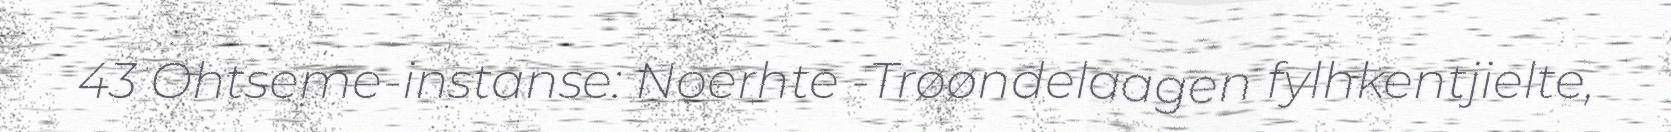
43 Ohtseme-instanse: Noerhte -Trøøndelaagen fylhkentjielte,